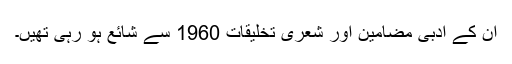
ان کے ادبی مضامین اور شعری تخلیقات 1960 سے شائع ہو رہی تھیں۔